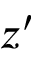
z ^ { \prime }